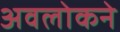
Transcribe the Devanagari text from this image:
अवलोकने